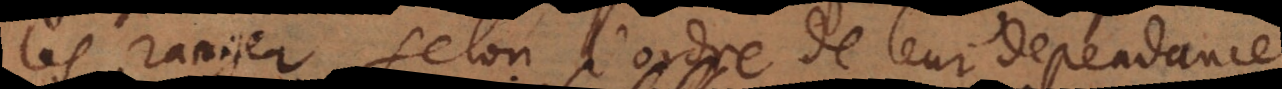
les ranger selon l’ordre de leur dependance